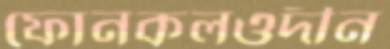
ফোনকলওদীন